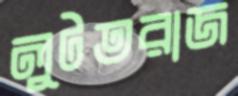
লুটতরাজ